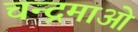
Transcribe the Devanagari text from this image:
चन्द्रमाओ